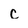
Character: c